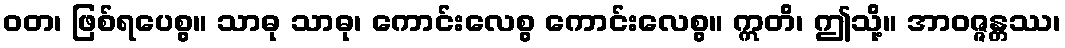
ဝတ၊ ဖြစ်ရပေစွ။ သာဓု သာဓု၊ ကောင်းလေစွ ကောင်းလေစွ။ ဣတိ၊ ဤသို့။ အာဝဇ္ဇန္တဿ၊